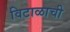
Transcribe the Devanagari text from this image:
विटाळाची